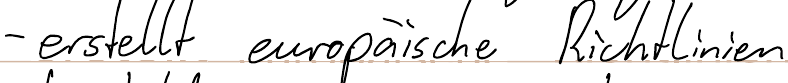
- erstellt europäische Richtlinien